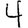
Digit: 4